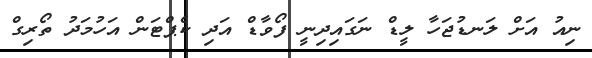
ނިއު އަށް ލަނޑުޖަހާ ލީޑް ނަގައިދިނީ ފޯވާޑް އަދި ކެޕްޓަން އަހުމަދު ތޯރިގް